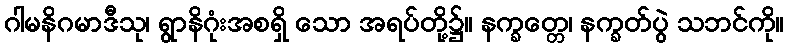
ဂါမနိဂမာဒီသု၊ ရွာနိဂုံးအစရှိ သော အရပ်တို့၌။ နက္ခတ္တေ၊ နက္ခတ်ပွဲ သဘင်ကို။